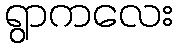
ရွာကလေး